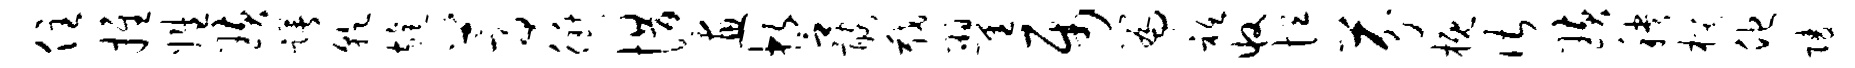
住推姓璜躇干旄蒿衢惜画誓髂戢翟属篇只收恒芬概谌璜秧模他陵